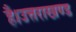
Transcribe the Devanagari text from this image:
है।उत्तराखण्ड